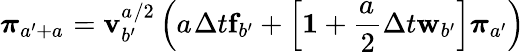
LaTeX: \boldsymbol{\pi}_{a^{\prime}+a_{}}=\mathbf{v}_{b^{\prime}}^{a_{}/2}\left(a_{}\Delta t{}\mathbf{f}_{b^{\prime}}+\left[\mathbf{1}{}+\frac{a_{}}{2}\Delta t{}\mathbf{w}_{b^{\prime}}\right]\boldsymbol{\pi}_{a^{\prime}}\right)